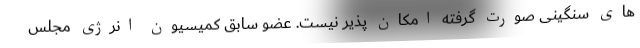
های سنگینی صورت گرفته امکان پذیر نیست. عضو سابق کمیسیون انرژی مجلس